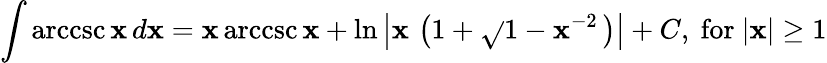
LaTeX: \int\operatorname{arccsc}{\mathbf{x}}\, d\mathbf{x}=\mathbf{x}\operatorname{arccsc}{\mathbf{x}}+\ln\left\vert\mathbf{x}\, \left(1+{\sqrt{}{{1-\mathbf{x}^{-2}}}}\, \right)\right\vert+C,{\mathrm{{~for~}}}\vert\mathbf{x}\vert\geq1